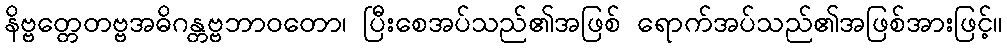
နိဗ္ဗတ္တေတဗ္ဗအဓိဂန္တဗ္ဗဘာဝတော၊ ပြီးစေအပ်သည်၏အဖြစ် ရောက်အပ်သည်၏အဖြစ်အားဖြင့်။